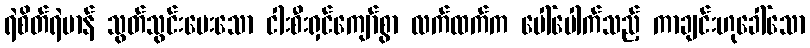
ရဲစိတ်ရဲမာန် သွတ်သွင်းပေးသော ငါးစီးရှင်ကျော်စွာ လက်ထက်က ပေါ်ပေါက်သည့် ကာချင်းဟုခေါ်သော